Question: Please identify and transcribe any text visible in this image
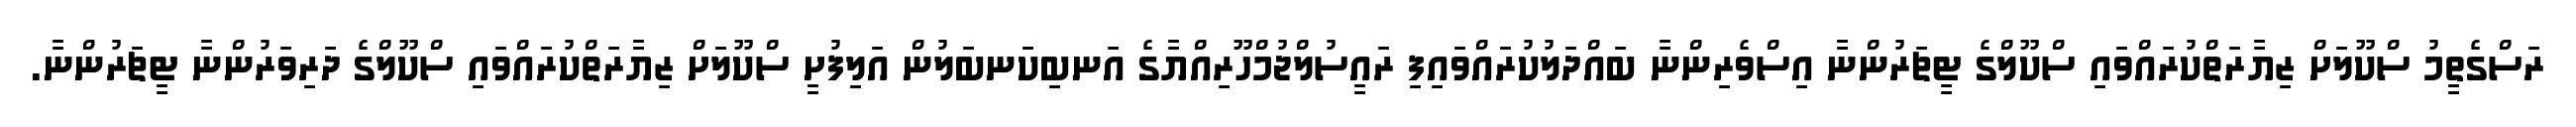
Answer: ރަސްގެތީމު ސްކޫލަށް ޒިޔާރަތްކުރައްވައި ސްކޫލްގެ ޓީޗަރުންނާ އިސްވެރިންނާ ބައްދަލުކުރައްވައިފި ރައީސުލްޖުމްހޫރިއްޔާގެ އަނބިކަނބަލުން އަލިފުށީ ސްކޫލަށް ޒިޔާރަތްކުރައްވައި ސްކޫލްގެ ދަރިވަރުންނާ ޓީޗަރުންނާ.